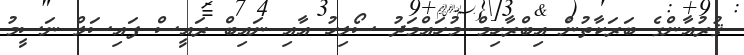
ޤުރުއާންގެ ބަރަކާތުން އިބްރާހިމް މުހައްމަދު ސޯލިހު އާއި ނައިބް ރައީސް ފައިސަލް ނަސީމު